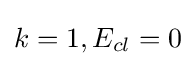
k=1,E_{cl}=0